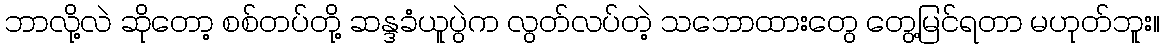
ဘာလို့လဲ ဆိုတော့ စစ်တပ်တို့ ဆန္ဒခံယူပွဲက လွတ်လပ်တဲ့ သဘောထားတွေ တွေ့မြင်ရတာ မဟုတ်ဘူး။